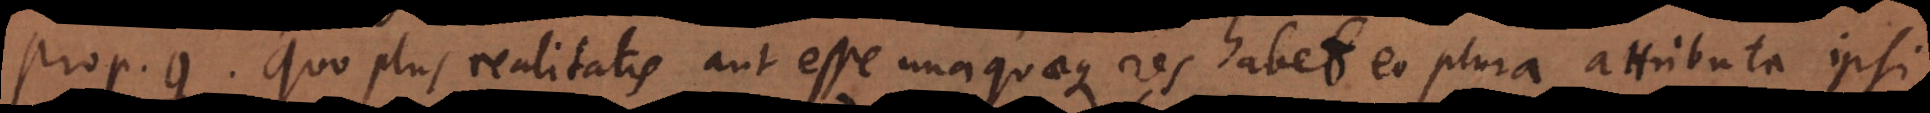
o 9. Quo plus realitatis aut esse unaquaeque res habet eo plura attributa ipsi